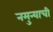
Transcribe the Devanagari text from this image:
नमुन्याची